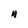
Character: N